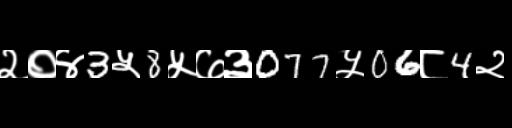
Text: २०४3५8५७३077५06८4२